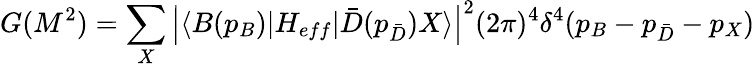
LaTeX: G(M^{2})=\sum_{X}\left|\langle B(p_{B})|H_{eff}|\bar{D}(p_{\bar{D}})X\rangle\right|^{2}(2\pi)^{4}\delta^{4}(p_{B}-p_{\bar{D}}-p_{X})